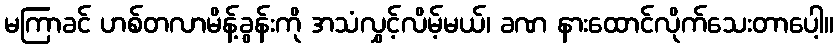
မကြာခင် ဟစ်တလာမိန့်ခွန်းကို အသံလွှင့်လိမ့်မယ်၊ ခဏ နားထောင်လိုက်သေးတာပေါ့။